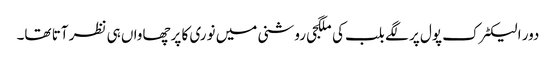
دور الیکٹرک پول پر لگے بلب کی ملگجی روشنی میں نوری کا پرچھاواں ہی نظر آتا تھا۔